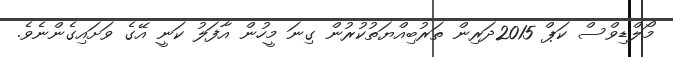
މޯލްޑިވްސް ކަޕް 2015ދަރިން ތަރުބިއްޔަތުކުރުން ގިނަ މީހުން އާފަލު ކަނީ އޭގެ ވަށައިގެންނެވެ.